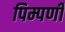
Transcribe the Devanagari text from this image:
पिम्पर्णी